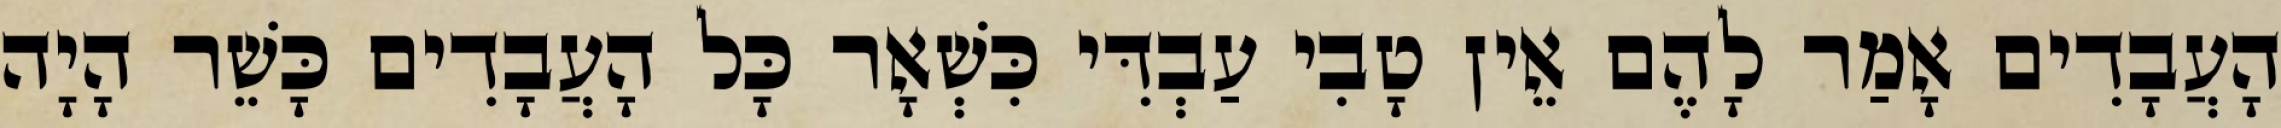
הָעֲבָדִים אָמַר לָהֶם אֵין טָבִי עַבְדִּי כִּשְׁאָר כָּל הָעֲבָדִים כָּשֵׁר הָיָה